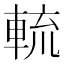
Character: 𨌙